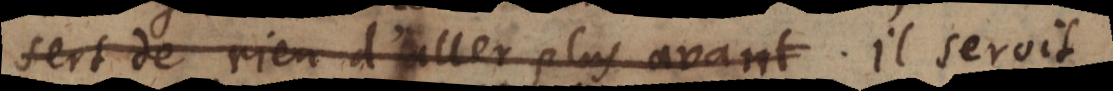
sert de rien, d’aller plus avant. ll seroit